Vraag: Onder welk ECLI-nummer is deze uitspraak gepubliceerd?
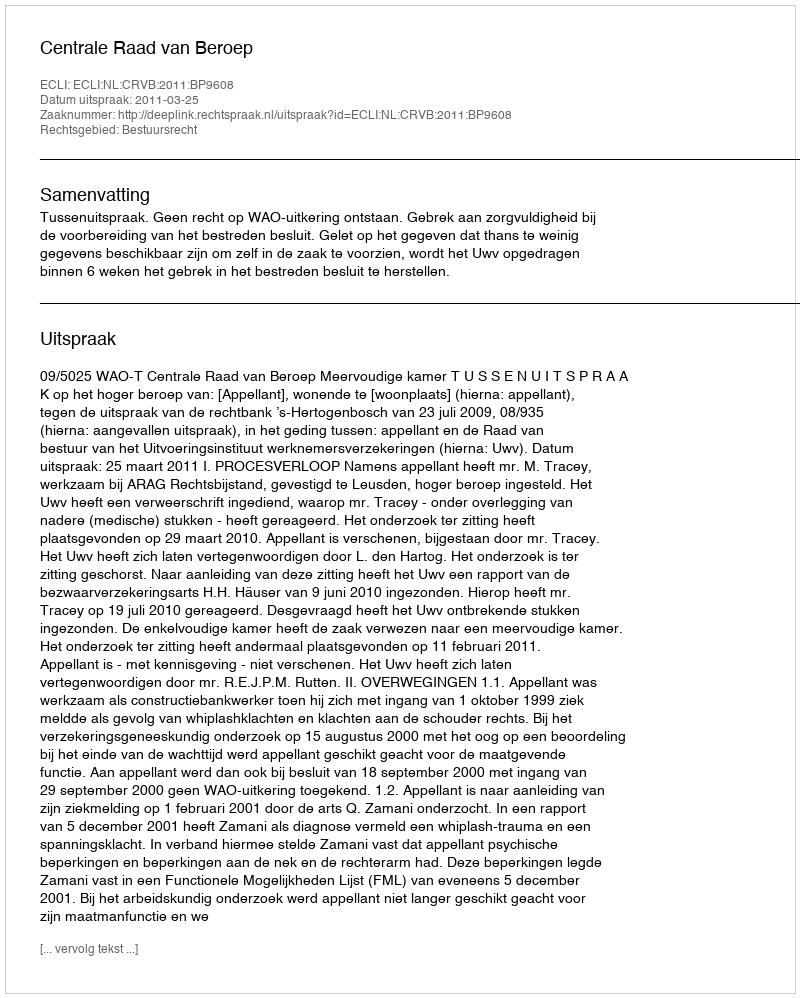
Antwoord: ECLI:NL:CRVB:2011:BP9608